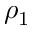
\rho _ { 1 }